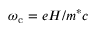
\omega _ { \mathrm { { c } } } = e H / m ^ { * } c